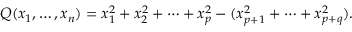
Q ( x _ { 1 } , \ldots , x _ { n } ) = x _ { 1 } ^ { 2 } + x _ { 2 } ^ { 2 } + \cdots + x _ { p } ^ { 2 } - ( x _ { p + 1 } ^ { 2 } + \cdots + x _ { p + q } ^ { 2 } ) .